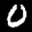
Label: 0